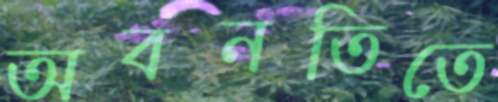
অবনতিতে